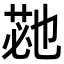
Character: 𮏡